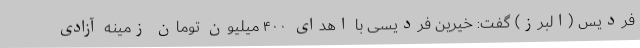
فردیس (البرز) گفت: خیرین فردیسی با اهدای ۴۰۰ میلیون تومان زمینه آزادی